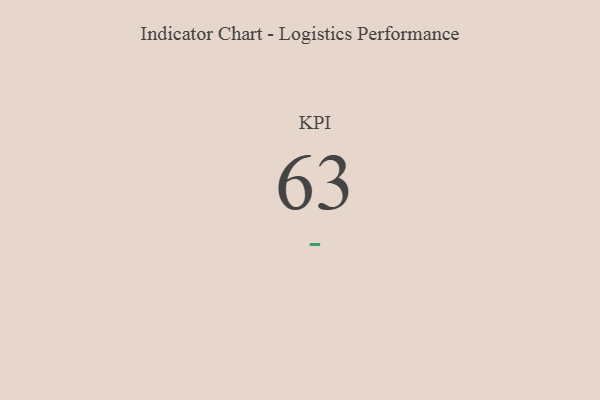
{"axis": {"x": "KPI", "y": "Value"}, "legend": [""], "data": [{"x": "KPI", "y": 63, "type": ""}]}